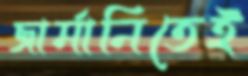
জার্মানিতেই